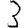
Digit: 3